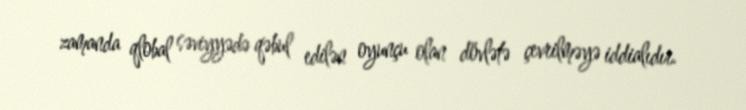
zamanda qlobal səviyyədə qəbul edilən oyunçu olan dövlətə çevrilməyə iddialıdır.